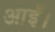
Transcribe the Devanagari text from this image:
आईँ।